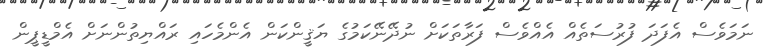
ނަމަވެސް އެފަދަ ފުރުސަތެއް އެއްވެސް ފަރާތަކަށް ނުދޭނޭކަމުގެ ޔަޤީންކަން އެންމެހައި ރައްޔިތުންނަށް އެމްޑީޕީން